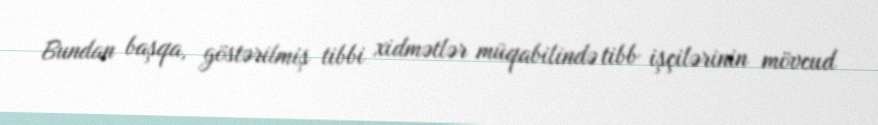
Bundan başqa, göstərilmiş tibbi xidmətlər müqabilində tibb işçilərinin mövcud